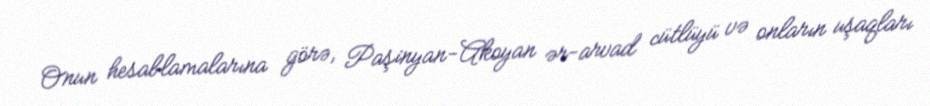
Onun hesablamalarına görə, Paşinyan-Akoyan ər-arvad cütlüyü və onların uşaqları